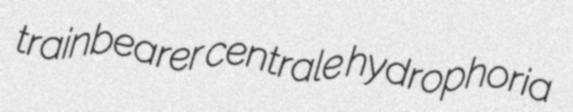
trainbearer centrale hydrophoria